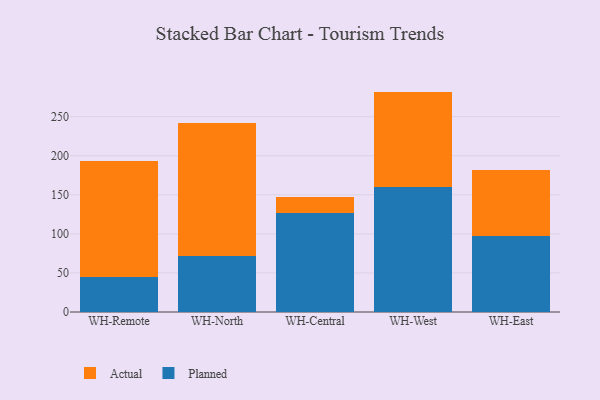
{"axis": {"x": "Warehouse", "y": "Operating Costs (USD K)"}, "legend": ["Actual", "Planned"], "data": [{"x": "WH-Remote", "y": 44.3, "type": "Planned"}, {"x": "WH-Remote", "y": 149.5, "type": "Actual"}, {"x": "WH-North", "y": 72.2, "type": "Planned"}, {"x": "WH-North", "y": 169.1, "type": "Actual"}, {"x": "WH-Central", "y": 127.3, "type": "Planned"}, {"x": "WH-Central", "y": 19.5, "type": "Actual"}, {"x": "WH-West", "y": 160.6, "type": "Planned"}, {"x": "WH-West", "y": 121.5, "type": "Actual"}, {"x": "WH-East", "y": 97.4, "type": "Planned"}, {"x": "WH-East", "y": 84.2, "type": "Actual"}]}